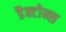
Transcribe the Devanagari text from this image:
डैक्टोन्स